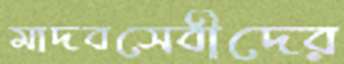
মাদবসেবীদের